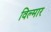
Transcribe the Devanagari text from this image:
विल्मार